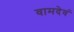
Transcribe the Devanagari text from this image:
वामदेवं